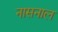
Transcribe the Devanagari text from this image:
नासनाल